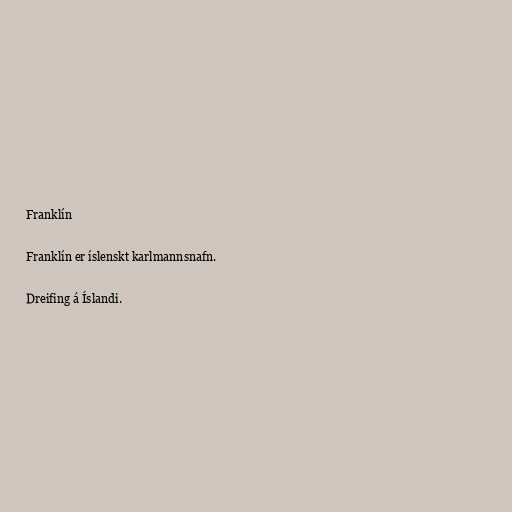
Franklín

Franklín er íslenskt karlmannsnafn.

Dreifing á Íslandi.